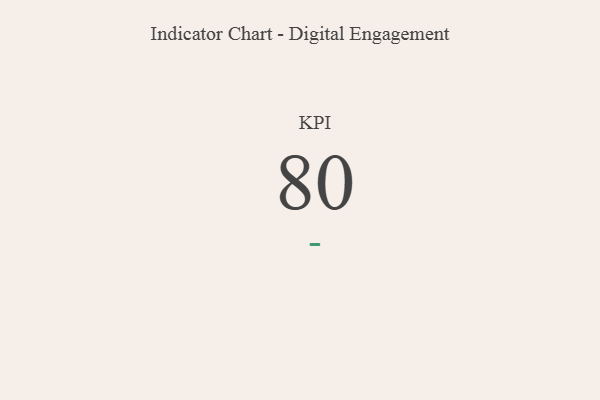
{"axis": {"x": "KPI", "y": "Value"}, "legend": [""], "data": [{"x": "KPI", "y": 80, "type": ""}]}